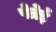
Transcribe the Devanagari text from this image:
पेत्रेई